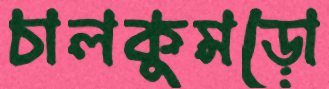
চালকুমড়ো